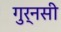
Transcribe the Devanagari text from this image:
गुर्नसी